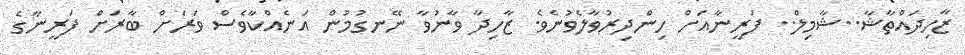
ޒާހިދައްތާޝާ..ޝާމިލް.. ފަރީނާއަށް ހިންދިރުވާލެވުނެވެ. ޒާހިދާ ވާނުވާ ނޭނގުމުން އަނެއްކާވެސް ވަރަށް ބާރަށް ފަރީނާގެ